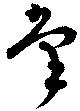
掌